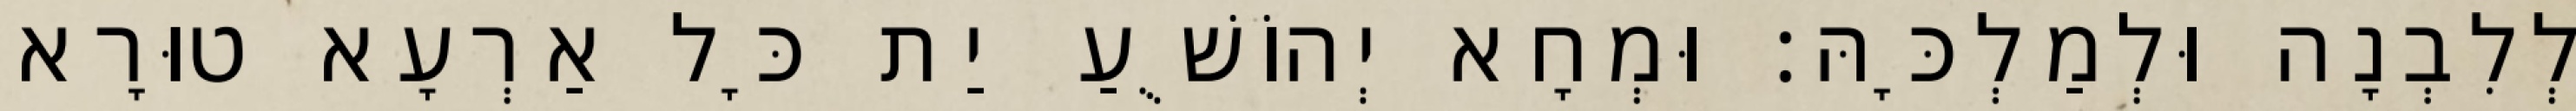
לְלִבְנָה וּלְמַלְכָּהּ׃ וּמְחָא יְהוֹשֻׁעַ יַת כָּל אַרְעָא טוּרָא